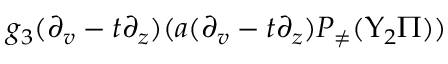
g _ { 3 } ( \partial _ { v } - t \partial _ { z } ) ( a ( \partial _ { v } - t \partial _ { z } ) P _ { \neq } ( \Upsilon _ { 2 } \Pi ) )